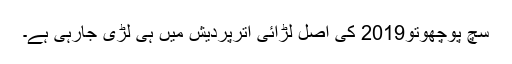
سچ پوچھوتو2019 کی اصل لڑائی اترپردیش میں ہی لڑی جارہی ہے۔